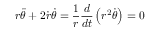
r { \ddot { \theta } } + 2 { \dot { r } } { \dot { \theta } } = { \frac { 1 } { r } } { \frac { d } { d t } } \left( r ^ { 2 } { \dot { \theta } } \right) = 0